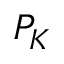
P _ { K }